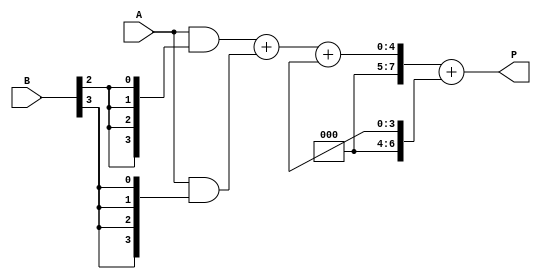
module WallaceTreeMultiplier #(
    parameter N = 4 // Bit-width of the inputs
)(
    input [N-1:0] A, // First operand
    input [N-1:0] B, // Second operand
    output reg [2*N-1:0] P // Product output
);

    // Generate partial products
    wire [N-1:0] pp [0:N-1]; // Partial products
    genvar i, j;
    generate
        for (i = 0; i < N; i = i + 1) begin : pp_gen
            assign pp[i] = A & {N{B[i]}}; // AND operation to generate partial products
        end
    endgenerate

    // Reduction tree
    wire [N-1:0] sum [0:N-1]; // Sums at each stage
    wire [N-1:0] carry [0:N-1]; // Carries at each stage

    // First layer of reduction
    generate
        for (i = 0; i < N-1; i = i + 1) begin : first_layer
            if (i % 2 == 0) begin
                assign {carry[i], sum[i]} = pp[i] + pp[i+1]; // Full adder
            end else begin
                assign {carry[i], sum[i]} = {1'b0, pp[i]} + {1'b0, pp[i+1]}; // Half adder
            end
        end
    endgenerate

    // Second layer of reduction
    wire [N-1:0] sum2 [0:N-1];
    wire [N-1:0] carry2 [0:N-1];

    generate
        for (i = 0; i < N-1; i = i + 1) begin : second_layer
            if (i % 2 == 0) begin
                assign {carry2[i], sum2[i]} = sum[i] + sum[i+1]; // Full adder
            end else begin
                assign {carry2[i], sum2[i]} = {1'b0, sum[i]} + {1'b0, sum[i+1]}; // Half adder
            end
        end
    endgenerate

    // Final addition
    wire [2*N-1:0] final_sum;
    wire [2*N-1:0] final_carry;

    assign final_sum = {carry2[N-2], sum2[N-2]} + {1'b0, carry[N-1], sum[N-1]}; // Final addition

    // Assign the product output
    always @(*) begin
        P = final_sum; // Assign the final product
    end

endmodule